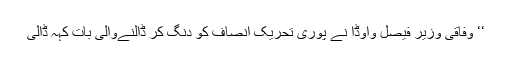
‘‘ وفاقی وزیر فیصل واوڈا نے پوری تحریک انصاف کو دنگ کر ڈالنےوالی بات کہہ ڈالی